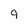
Character: 9